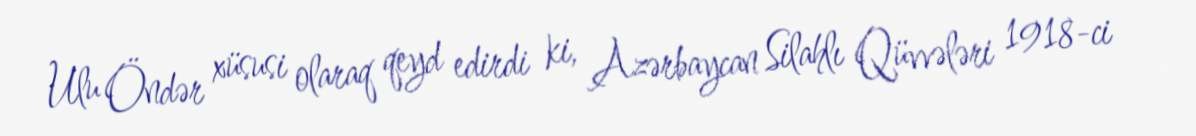
Ulu Öndər xüsusi olaraq qeyd edirdi ki, Azərbaycan Silahlı Qüvvələri 1918-ci